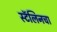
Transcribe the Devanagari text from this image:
स्टॅलिनचा